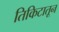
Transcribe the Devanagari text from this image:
तिकिटातून